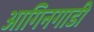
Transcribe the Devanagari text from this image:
आगिनगाडी